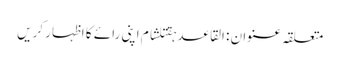
متعلقہ عنوان : القاعدہقتلشام اپنی رائے کا اظہار کریں